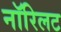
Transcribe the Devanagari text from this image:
नॉरिलट